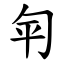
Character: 匉